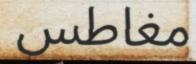
مغاطس